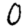
Digit: 0